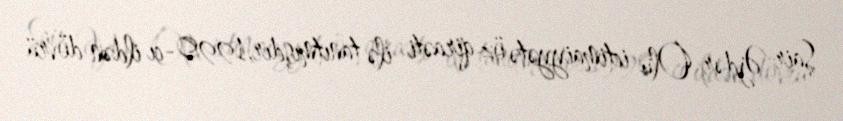
Şair Əjdər Olu ictimaiyyətə öz qiraəti ilə tanıtmışdır.1990-cı ildən dövrü